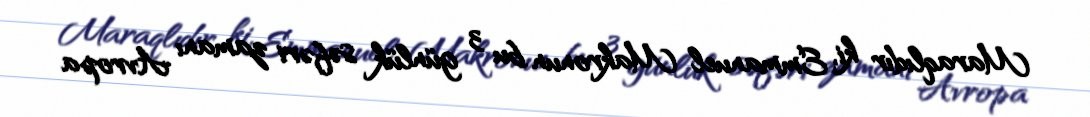
Maraqlıdır ki, Emmanuel Makronun bu 3 günlük səfəri zamanı Avropa